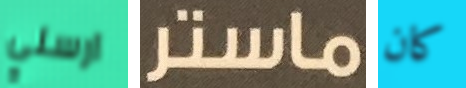
ارسلي ماستر كان